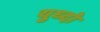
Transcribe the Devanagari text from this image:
युध्दो